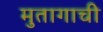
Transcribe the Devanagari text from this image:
मुतागाची